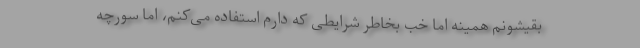
بقیشونم همینه اما خب بخاطر شرایطی که دارم استفاده می‌کنم، اما سورچه